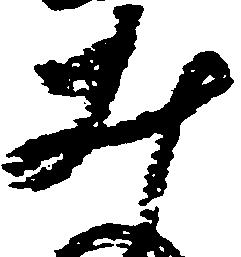
井